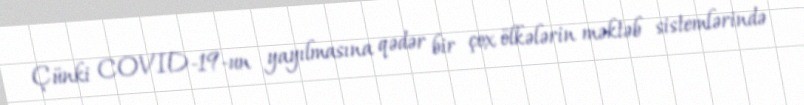
Çünki COVID-19-un yayılmasına qədər bir çox ölkələrin məktəb sistemlərində